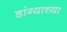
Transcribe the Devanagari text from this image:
डांग्याच्या